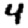
Digit: 4